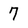
Character: 7